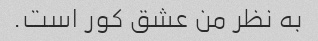
به نظر من عشق کور است.